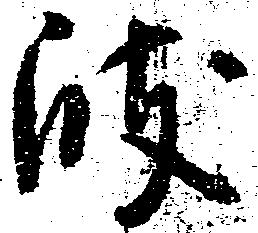
岐